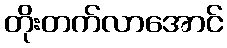
တိုးတက်လာအောင်